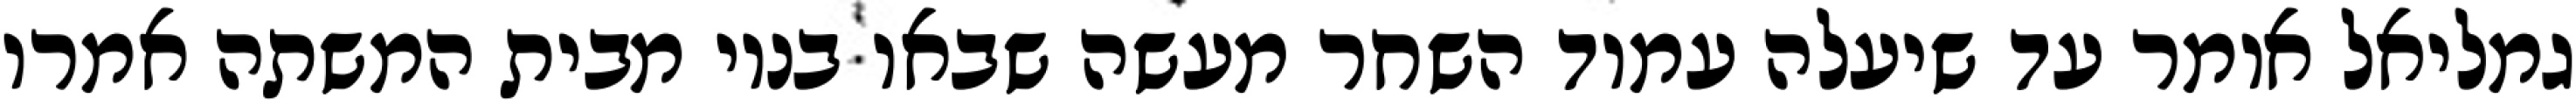
גמליאל אומר עד שיעלה עמוד השחר מעשה שבאו בניו מבית המשתה אמרו